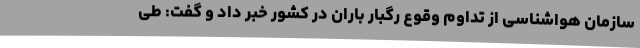
سازمان هواشناسی از تداوم وقوع رگبار باران در کشور خبر داد و گفت: طی